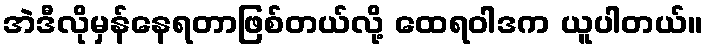
အဲဒီလိုမှန်နေရတာဖြစ်တယ်လို့ ထေရဝါဒက ယူပါတယ်။